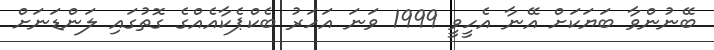
ބޭނުންވާ ބަޔަކަށް އޭނާ އެހީވީ 1999 ވަނަ އަހަރު ބެކްޕެކާއެއްގެ ގޮތުގައި ލަންޑަނަށް